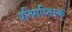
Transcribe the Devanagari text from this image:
प्रतिमष्तिस्क